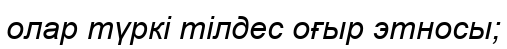
олар түркі тілдес оғыр этносы;